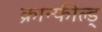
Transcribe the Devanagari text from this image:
क्रान्फील्ड्